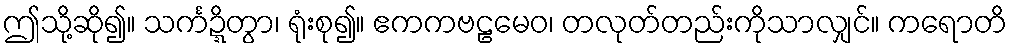
ဤသို့ဆို၍။ သင်္ကဍ္ဍိတွာ၊ ရုံးစု၍။ ဧကကဗဠမေဝ၊ တလုတ်တည်းကိုသာလျှင်။ ကရောတိ